Indian journal of veterinary science and animal husbandry - Volume 10,
Year: 1940
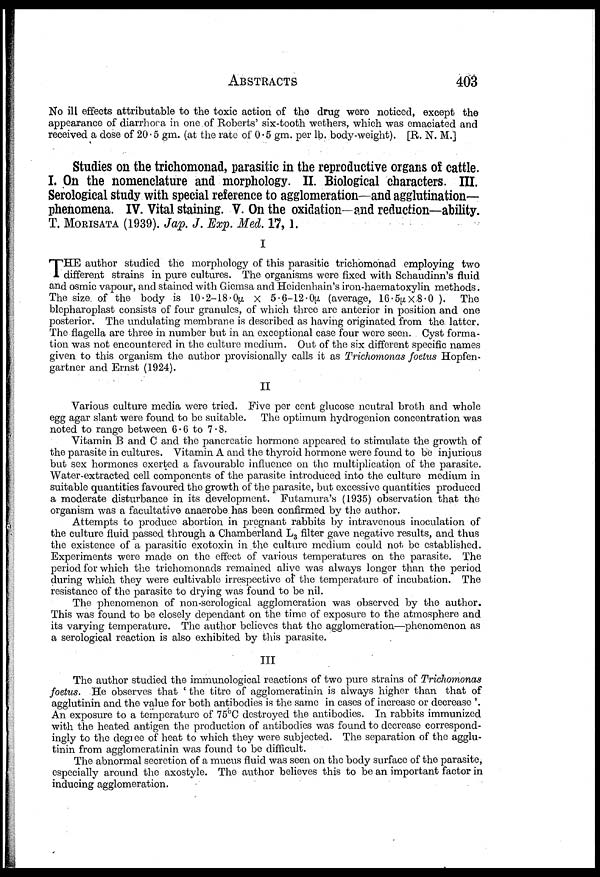
ABSTRACTS 403
No ill effects attributable to the toxic action of the drug were noticed, except the
appearance of diarrhoea in one of Roberts' six-tooth wethers, which was emaciated and
received a dose of 20.5 gm. (at the rate of 0.5 gm. per lb. body-weight). [R. N. M.]
Studies on the trichomonad, parasitic in the reproductive organs of cattle.
I. On the nomenclature and morphology. II. Biological characters. III.
Serological study with special reference to agglomeration—and agglutination-
phenomena. IV. Vital staining. V. On the oxidation—and reduction—ability.
T. MORISATA (1939). Jap. J. Exp. Med. 17, 1.
I
T HE author studied the morphology of this parasitic trichomonad employing two
different strains in pure cultures. The organisms were fixed with Schaudinn's fluid
and osmic vapour, and stained with Giemsa and Heidenhain's iron-haematoxylin methods.
The size of the body is 10.2-18.0µ × 5.6-12.0µ (average, 16.5µ×8.0).
The
blepharoplast consists of four granules, of which three are anterior in position and one
posterior. The undulating membrane is described as having originated from the latter.
The flagella are three in number but in an exceptional case four were seen. Cyst forma-
tion was not encountered in the culture medium. Out of the six different specific names
given to this organism the author provisionally calls it as Trichomonas foetus Hopfen¬
gartner and Ernst (1924).
II
Various culture media were tried. Five per cent glucose neutral broth and whole
egg agar slant were found to be suitable. The optimum hydrogenion concentration was
noted to range between 6.6 to 7.8.
Vitamin B and C and the pancreatic hormone appeared to stimulate the growth of
the parasite in cultures. Vitamin A and the thyroid hormone were found to be injurious
but sex hormones exerted a favourable influence on the multiplication of the parasite.
Water-extracted cell components of the parasite introduced into the culture medium in
suitable quantities favoured the growth of the parasite, but excessive quantities produced
a moderate disturbance in its development. Futamura's (1935) observation that the
organism was a facultative anaerobe has been confirmed by the author.
Attempts to produce abortion in pregnant rabbits by intravenous inoculation of
the culture fluid passed through a Chamberland L 3 filter gave negative results, and thus
the existence of a parasitic exotoxin in the culture medium could not be established.
Experiments were made on the effect of various temperatures on the parasite. The
period for which the trichomonads remained alive was always longer than the period
during which they were cultivable irrespective of the temperature of incubation. The
resistance of the parasite to drying was found to be nil.
The phenomenon of non-serological agglomeration was observed by the author.
This was found to be closely dependant on the time of exposure to the atmosphere and
its varying temperature. The author believes that the agglomeration—phenomenon as
a serological reaction is also exhibited by this parasite.
III
The author studied the immunological reactions of two pure strains of Trichomonas
foetus. He observes that ' the titre of agglomeratinin is always higher than that of
agglutinin and the value for both antibodies is the same in cases of increase or decrease '.
An exposure to a temperature of 75°C destroyed the antibodies. In rabbits immunized
with the heated antigen the production of antibodies was found to decrease correspond-
ingly to the degree of heat to which they were subjected. The separation of the agglu-
tinin from agglomeratinin was found to be difficult.
The abnormal secretion of a mucus fluid was seen on the body surface of the parasite,
especially around the axostyle. The author believes this to be an important factor in
inducing agglomeration.